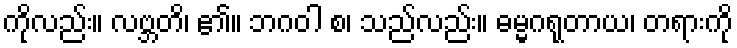
ကိုလည်း။ လဗ္ဘတိ၊ ၏။ ဘဂဝါ စ၊ သည်လည်း။ ဓမ္မဂရုတာယ၊ တရားကို